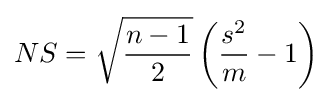
NS={\sqrt {\frac {n-1}{2}}}\left({\frac {s^{2}}{m}}-1\right)